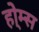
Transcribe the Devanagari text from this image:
हो्म्स